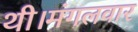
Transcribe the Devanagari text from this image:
थी।मंगलवार